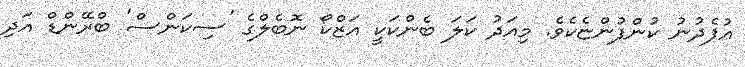
އުފެދުނު ކުންފުންޏެކެވެ. މިއަދު ކަލަ ބެންކަކީ އަޒްކޯ ނޮބެލްގެ 'ސިކަންސް' ބްރޭންޑް އަދި